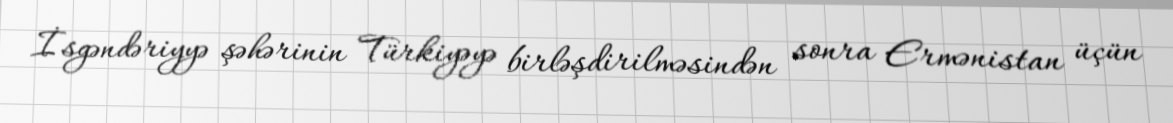
İsgəndəriyyə şəhərinin Türkiyəyə birləşdirilməsindən sonra Ermənistan üçün